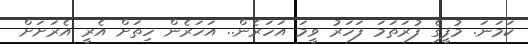
ކަމަނަ. މުފީގެ ފުރަތަމަ ފަހަރު ވީމަ އަހަރެން.. އަހަރެން ހިތަށް އެރީ އެރަށަށް